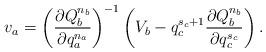
LaTeX: \begin{align*}v_a=\left(\frac{\partial Q_b^{n_b}}{\partial q_a^{n_a}} \right)^{-1}\left(V_b -q_c^{s_c+1}\frac{\partial Q_b^{n_b}}{\partial q_c^{s_c}} \right).\end{align*}